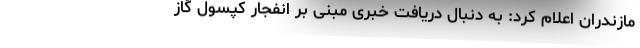
مازندران اعلام کرد: به دنبال دریافت خبری مبنی بر انفجار کپسول گاز